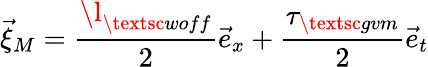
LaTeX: \vec{\xi}_{M}=\frac{\l_{\textsc{woff}}}{2}\vec{e}_{x}+\frac{\tau_{\textsc{gvm}}}{2}\vec{e}_{t}